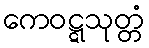
ကေဝဋ္ဋသုတ္တံ